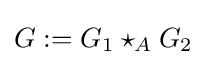
G:=G_{1}\star _{A}G_{2}